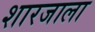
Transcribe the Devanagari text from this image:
शारजाला